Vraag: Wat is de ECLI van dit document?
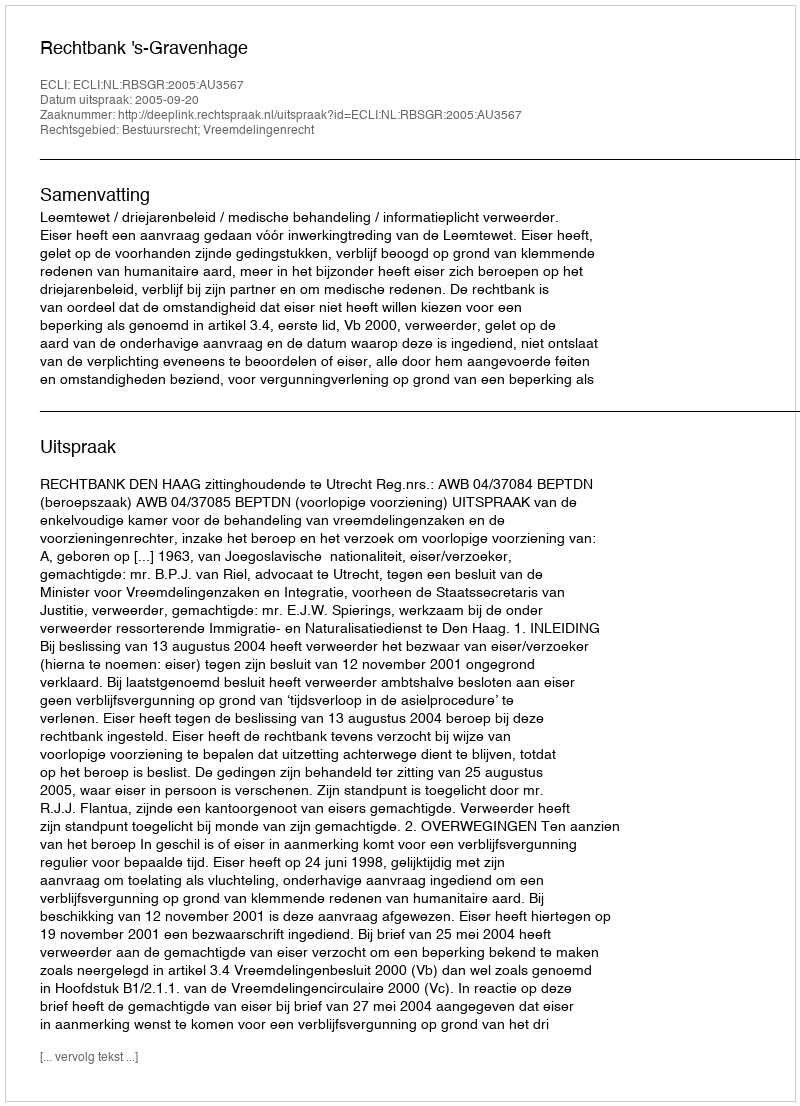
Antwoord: ECLI:NL:RBSGR:2005:AU3567